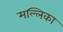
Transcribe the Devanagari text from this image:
मल्‍लिका